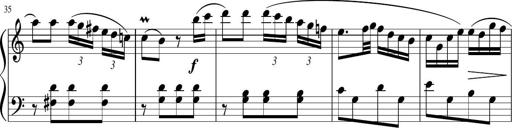
Title: 12 Keyboard Sonatinas
Composer: James Hook